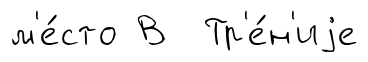
м'е́сто В Тр'е́н'иjе